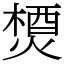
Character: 𤍕